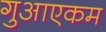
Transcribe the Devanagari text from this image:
गुआएकम